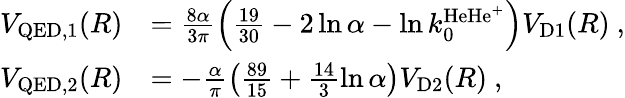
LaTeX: \begin{array}{rl}{V_{\mathrm{QED},1}(R)}&{=\frac{8\alpha}{3\pi}\left(\frac{19}{30}-2\ln\alpha-\ln k_{0}^{\mathrm{HeHe}^{+}}\right)V_{\mathrm{D1}}(R)\ ,}\\ {V_{\mathrm{QED},2}(R)}&{=-\frac{\alpha}{\pi}\left(\frac{89}{15}+\frac{14}{3}\ln\alpha\right)V_{\mathrm{D2}}(R)\ ,}\end{array}